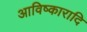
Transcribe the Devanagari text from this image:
आविष्कारादि